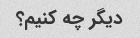
دیگر چه کنیم؟